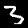
Digit: 3